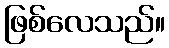
ဖြစ်လေသည်။